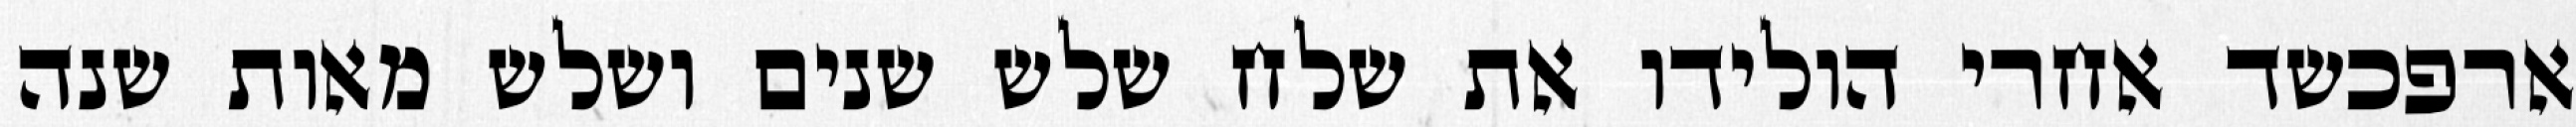
ארפכשד אחרי הולידו את שלח שלש שנים ושלש מאות שנה